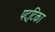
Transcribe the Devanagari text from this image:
पट्‌टिका